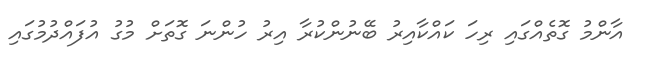
އާންމު ގޮތެއްގައި ރިހަ ކައްކާއިރު ބޭނުންކުރާ އިރު ހުންނަ ގޮތަށް މުގު އުފައްދުމުގައި